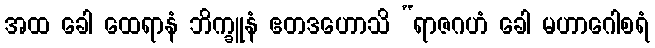
အထ ခေါ ထေရာနံ ဘိက္ခူနံ ဧတဒဟောသိ “ရာဇဂဟံ ခေါ မဟာဂေါစရံ